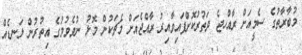
މުބާރާތުގެ ސެމީއަށް ރާއްހޖެ ދަތުރުކޮށްފައިވާއިރު ރާއްޖެއަށް މެޗަކުން މޮޅު ނުވެވުމުގެ އިތުރުން ލަނޑެއް